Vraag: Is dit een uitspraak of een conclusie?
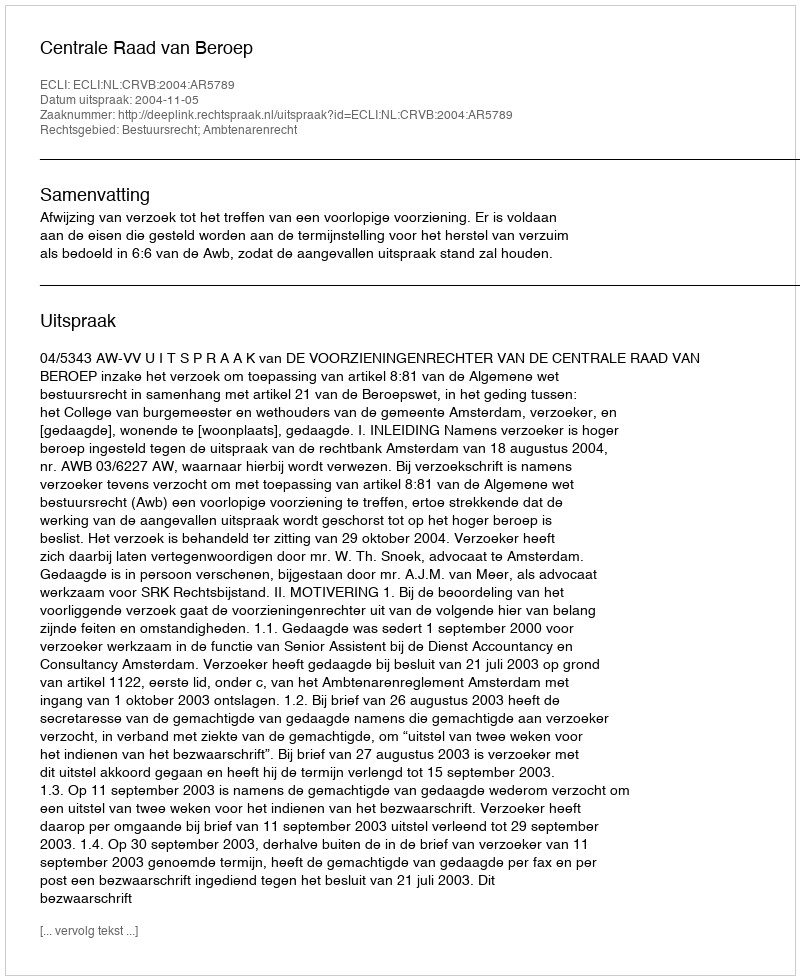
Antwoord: Uitspraak